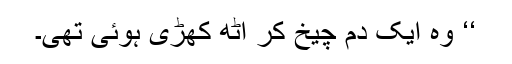
‘‘ وہ ایک دم چیخ کر اٹھ کھڑی ہوئی تھی۔